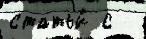
статьи́ с